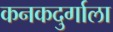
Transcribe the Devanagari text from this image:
कनकदुर्गाला